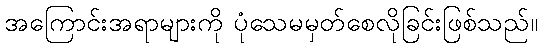
အကြောင်းအရာများကို ပုံသေမမှတ်စေလိုခြင်းဖြစ်သည်။